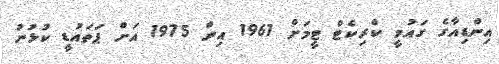
އިންޑިއާގެ ގައުމީ ކްރިކެޓް ޓީމަށް 1961 އިން 1975 އަށް ޕަތައުޑީ ކުޅުނު